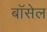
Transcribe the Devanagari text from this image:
बॉसेल